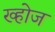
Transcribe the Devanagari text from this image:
ख्होज